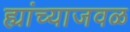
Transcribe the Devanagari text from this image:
ह्यांच्याजवळ